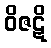
ဝိဇဋိ